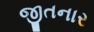
જીતનાર